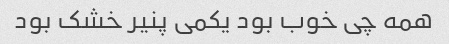
همه چی خوب بود یکمی پنیر خشک بود